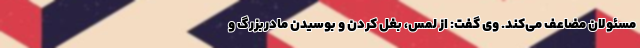
مسئولان مضاعف می‌کند. وی گفت: از لمس، بغل کردن و بوسیدن مادربزرگ و